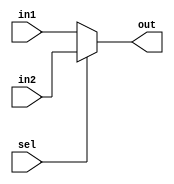
module mux_adder_reg(in1,in2,out,sel);
 
parameter width=18;

input [width-1:0] in1,in2;
input sel;
output[width-1:0] out;

assign out = sel ? in2:in1;
endmodule